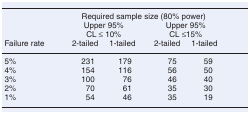
|  | <COLSPAN=4> Required sample size (80% power) |
 |  | <COLSPAN=2> Upper 95%CL ≤ 10% | <COLSPAN=2> Upper 95%CL ≤15% |
 | Failure rate | 2-tailed | 1-tailed | 2-tailed | 1-tailed |
 | --- | --- | --- | --- | --- |
 | 5% | 231 | 179 | 75 | 59 |
 | 4% | 154 | 116 | 56 | 50 |
 | 3% | 100 | 76 | 46 | 40 |
 | 2% | 70 | 61 | 35 | 30 |
 | 1% | 54 | 46 | 35 | 19 |